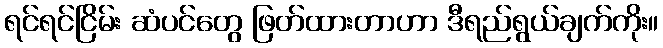
ရင်ရင်ငြိမ်း ဆံပင်တွေ ဖြတ်ထားတာဟာ ဒီရည်ရွယ်ချက်ကိုး။